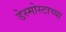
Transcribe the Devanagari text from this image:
डेस्मोस्टाच्या